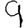
Digit: 9